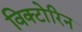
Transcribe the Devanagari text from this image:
विक्टोरिन